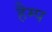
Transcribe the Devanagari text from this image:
हैम्प